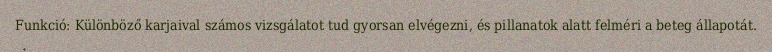
Funkció: Különböző karjaival számos vizsgálatot tud gyorsan elvégezni, és pillanatok alatt felméri a beteg állapotát.